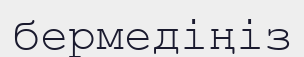
бермедіңіз